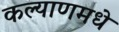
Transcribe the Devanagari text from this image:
कल्याणमधे